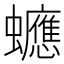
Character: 𧕄